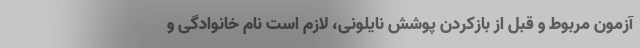
آزمون مربوط و قبل از بازکردن پوشش نایلونی، لازم است نام خانوادگی و